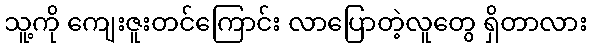
သူ့ကို ကျေးဇူးတင်ကြောင်း လာပြောတဲ့လူတွေ ရှိတာလား